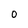
Character: 0